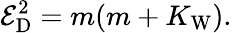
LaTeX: \mathcal{E}_{\mathrm{D}}^{2}=m(m+K_{\mathrm{W}}).